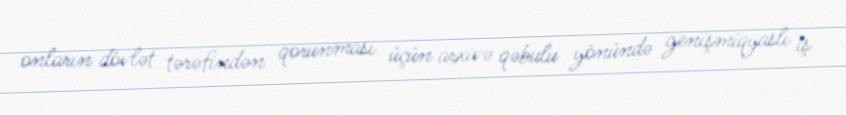
onların dövlət tərəfindən qorunması üçün arxivə qəbulu yönündə genişmiqyaslı iş